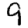
Digit: 9